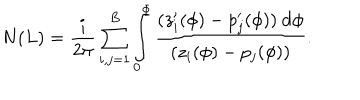
N ( L ) = \frac { i } { 2 \pi } \sum _ { i , j = 1 } ^ { B } \int _ { 0 } ^ { \Phi } \frac { ( z _ { i } ^ { \prime } ( \phi ) - p _ { j } ^ { \prime } ( \phi ) ) ~ \mathrm { d } \phi } { ( z _ { i } ( \phi ) - p _ { j } ( \phi ) ) } .